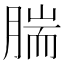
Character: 腨